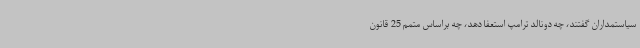
سیاستمداران گفتند، چه دونالد ترامپ استعفا دهد، چه براساس متمم 25 قانون